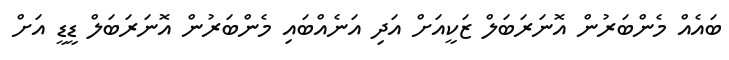
ބައެއް މެންބަރުން އޮނަރަބަލް ޒަކީއަށް އަދި އަނެއްބައި މެންބަރުން އޮނަރަބަލް ޑީޑީ އަށް